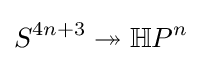
S^{4n+3}\twoheadrightarrow \mathbb {H} P^{n}